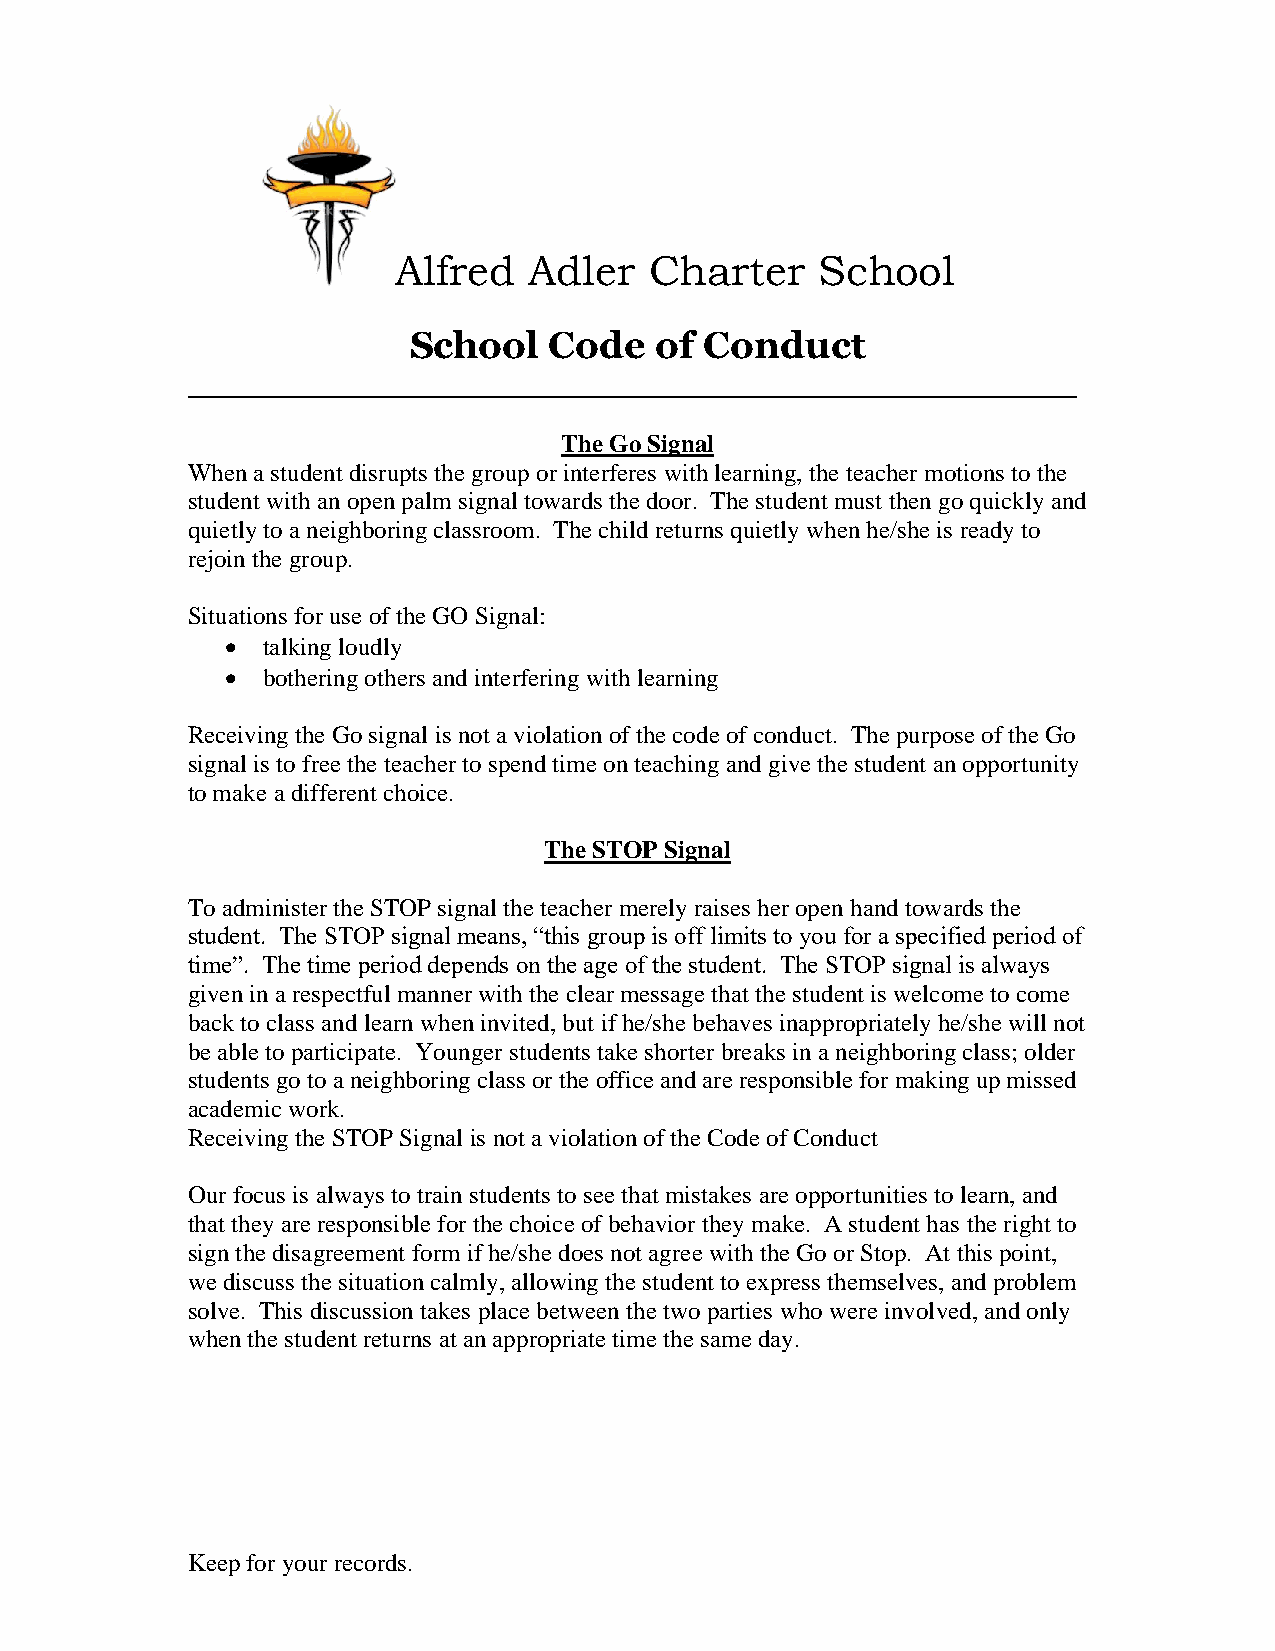
Alfred   Adler   Charter    School
 School   Code   of  Conduct
 _____________________________________________________________
 The Go Signal
 When a student disrupts the group or interferes with learning, the teacher motions to the
 student with an open palm signal towards the door. The student must then go quickly and
 quietly to a neighboring classroom. The child returns quietly when he/she is ready to
 rejoin the group.
 Situations for use of the GO Signal:
 • talking loudly
 • bothering others and interfering with learning
 Receiving the Go signal is not a violation of the code of conduct. The purpose of the Go
 signal is to free the teacher to spend time on teaching and give the student an opportunity
 to make a different choice.
 The STOP Signal
 To administer the STOP signal the teacher merely raises her open hand towards the
 student. The STOP signal means, “this group is off limits to you for a specified period of
 time”. The time period depends on the age of the student. The STOP signal is always
 given in a respectful manner with the clear message that the student is welcome to come
 back to class and learn when invited, but if he/she behaves inappropriately he/she will not
 be able to participate. Younger students take shorter breaks in a neighboring class; older
 students go to a neighboring class or the office and are responsible for making up missed
 academic work.
 Receiving the STOP Signal is not a violation of the Code of Conduct
 Our focus is always to train students to see that mistakes are opportunities to learn, and
 that they are responsible for the choice of behavior they make. A student has the right to
 sign the disagreement form if he/she does not agree with the Go or Stop. At this point,
 we discuss the situation calmly, allowing the student to express themselves, and problem
 solve. This discussion takes place between the two parties who were involved, and only
 when the student returns at an appropriate time the same day.
 Keep for your records.